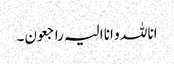
انا للہ و انا الیہ راجعون۔